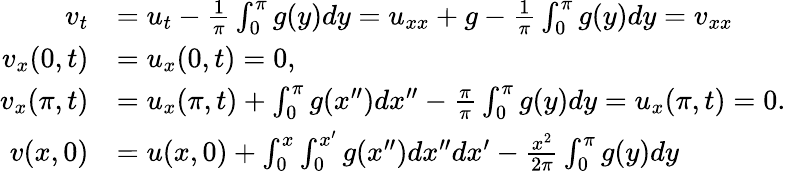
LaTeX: \begin{array}{rl}{v_{t}}&{=u_{t}-\frac{1}{\pi}\int_{0}^{\pi}g(y)dy=u_{xx}+g-\frac{1}{\pi}\int_{0}^{\pi}g(y)dy=v_{xx}}\\ {v_{x}(0,t)}&{=u_{x}(0,t)=0,}\\ {v_{x}(\pi,t)}&{=u_{x}(\pi,t)+\int_{0}^{\pi}g(x^{\prime\prime})dx^{\prime\prime}-\frac{\pi}{\pi}\int_{0}^{\pi}g(y)dy=u_{x}(\pi,t)=0.}\\ {v(x,0)}&{=u(x,0)+\int_{0}^{x}\int_{0}^{x^{\prime}}g(x^{\prime\prime})dx^{\prime\prime}dx^{\prime}-\frac{x^{2}}{2\pi}\int_{0}^{\pi}g(y)dy}\end{array}